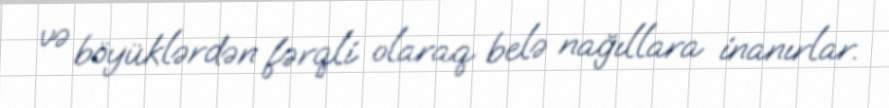
və böyüklərdən fərqli olaraq belə nağıllara inanırlar.